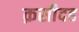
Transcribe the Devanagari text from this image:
क़सीदह